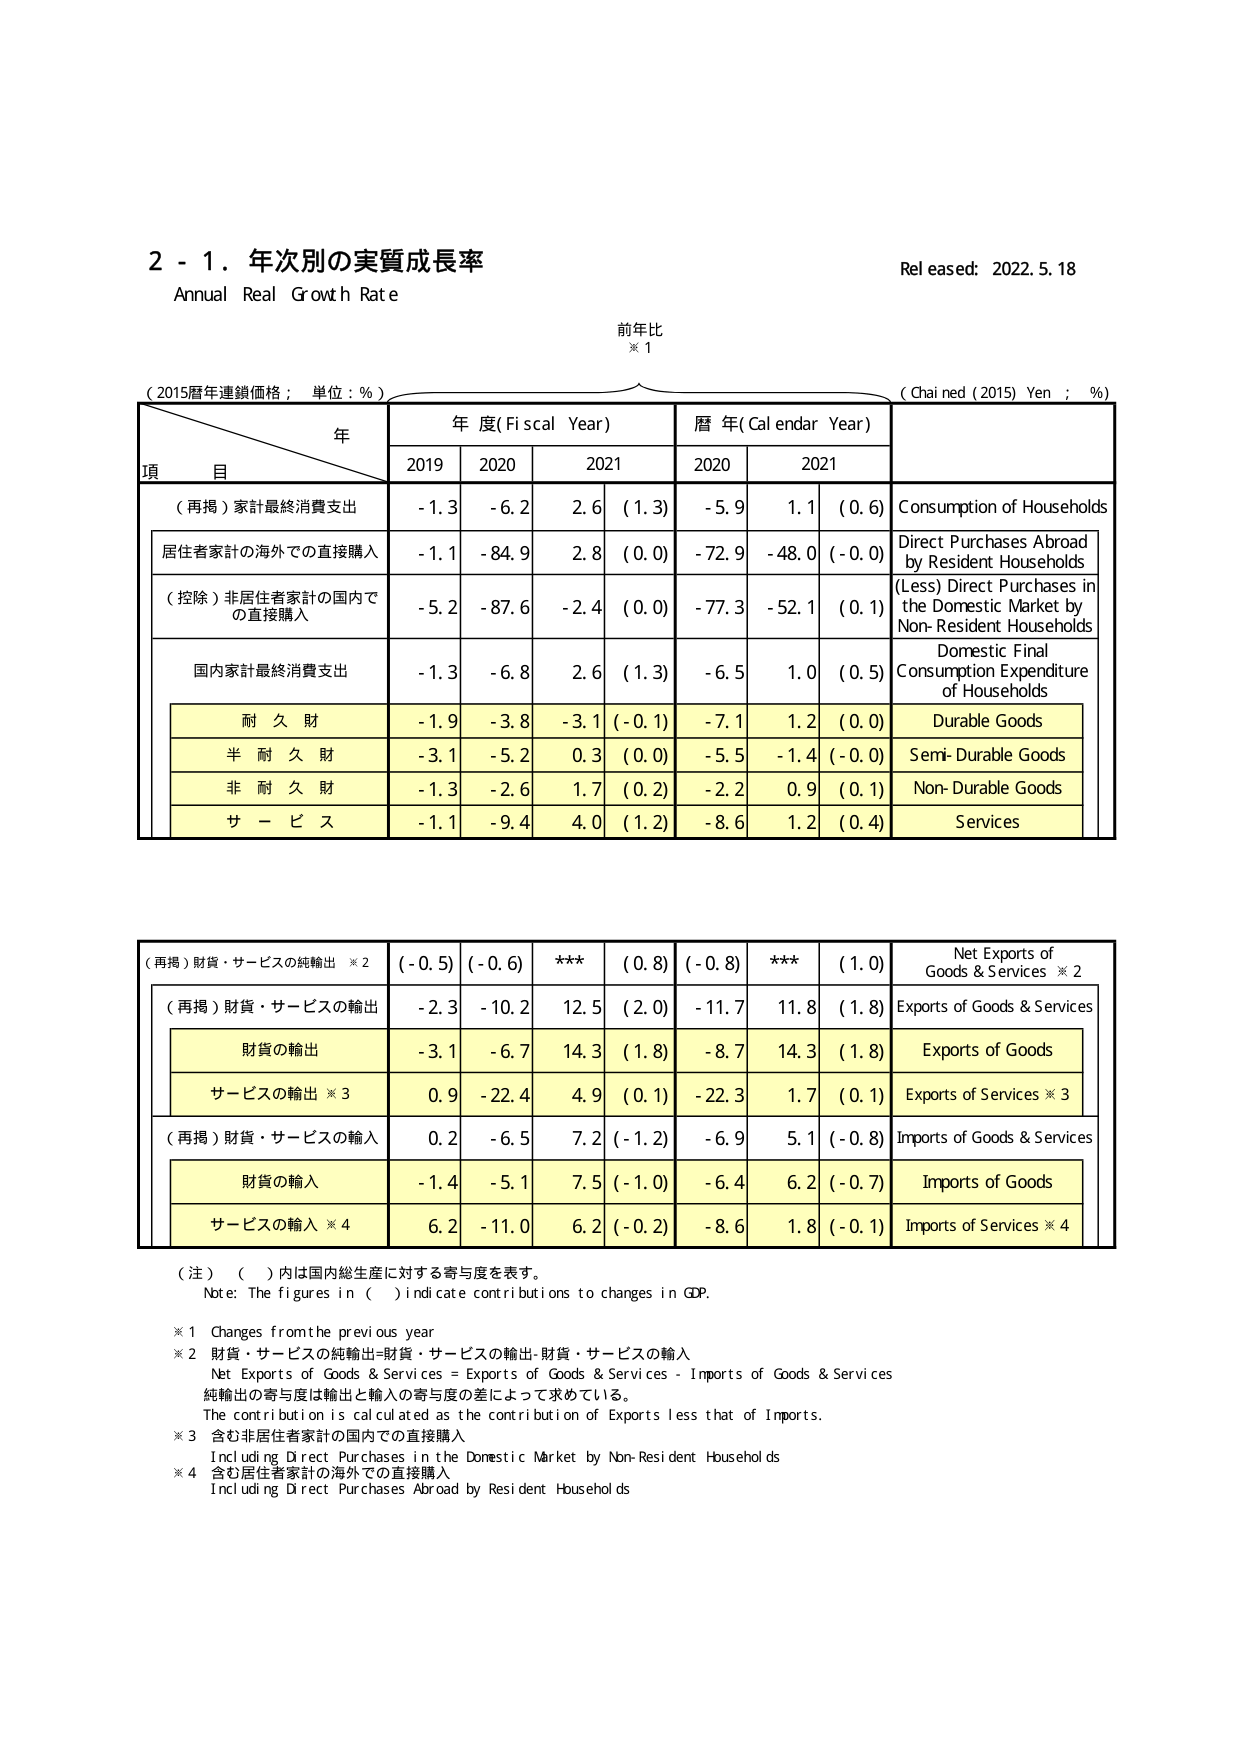
2 - 1. 年次別の実質成長率
Annual Real Growth Rate
Released: 2022.5.18

前年比
※1

（2015暦年連鎖価格；単位：%）
（Chained (2015) Yen；%）

年
項 目
年度(Fiscal Year)
暦年(Calendar Year)

2019
2020
2021
2020
2021

（再掲）家計最終消費支出
-1.3
-6.2
2.6
(1.3)
-5.9
1.1
(0.6)
Consumption of Households

居住者家計の海外での直接購入
-1.1
-84.9
2.8
(0.0)
-72.9
-48.0
(-0.0)
Direct Purchases Abroad by Resident Households

（控除）非居住者家計の国内での直接購入
-5.2
-87.6
-2.4
(0.0)
-77.3
-52.1
(0.1)
(Less) Direct Purchases in the Domestic Market by Non-Resident Households

国内家計最終消費支出
-1.3
-6.8
2.6
(1.3)
-6.5
1.0
(0.5)
Domestic Final Consumption Expenditure of Households

耐 久 財
-1.9
-3.8
-3.1
(-0.1)
-7.1
1.2
(0.0)
Durable Goods

半 耐 久 財
-3.1
-5.2
0.3
(0.0)
-5.5
-1.4
(-0.0)
Semi-Durable Goods

非 耐 久 財
-1.3
-2.6
1.7
(0.2)
-2.2
0.9
(0.1)
Non-Durable Goods

サ ー ビ ス
-1.1
-9.4
4.0
(1.2)
-8.6
1.2
(0.4)
Services

（再掲）財貨・サービスの純輸出 ※2
(-0.5)
(-0.6)
***
(0.8)
(-0.8)
***
(1.0)
Net Exports of Goods & Services ※2

（再掲）財貨・サービスの輸出
-2.3
-10.2
12.5
(2.0)
-11.7
11.8
(1.8)
Exports of Goods & Services

財貨の輸出
-3.1
-6.7
14.3
(1.8)
-8.7
14.3
(1.8)
Exports of Goods

サービスの輸出 ※3
0.9
-22.4
4.9
(0.1)
-22.3
1.7
(0.1)
Exports of Services ※3

（再掲）財貨・サービスの輸入
0.2
-6.5
7.2
(-1.2)
-6.9
5.1
(-0.8)
Imports of Goods & Services

財貨の輸入
-1.4
-5.1
7.5
(-1.0)
-6.4
6.2
(-0.7)
Imports of Goods

サービスの輸入 ※4
6.2
-11.0
6.2
(-0.2)
-8.6
1.8
(-0.1)
Imports of Services ※4

（注）（ ）内は国内総生産に対する寄与度を表す。
Note: The figures in ( ) indicate contributions to changes in GDP.

※1 Changes from the previous year
※2 財貨・サービスの純輸出=財貨・サービスの輸出-財貨・サービスの輸入
Net Exports of Goods & Services = Exports of Goods & Services - Imports of Goods & Services
純輸出の寄与度は輸出と輸入の寄与度の差によって求めている。
The contribution is calculated as the contribution of Exports less that of Imports.
※3 含む非居住者家計の国内での直接購入
Including Direct Purchases in the Domestic Market by Non-Resident Households
※4 含む居住者家計の海外での直接購入
Including Direct Purchases Abroad by Resident Households